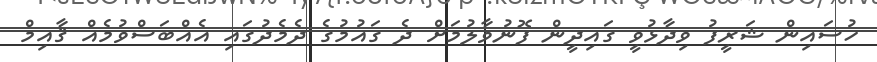
ހުސައިން ޝަރީފު ވިދާޅުވީ ގައިދީން ފޮނުވާލުމަށް ދެ ގައުމުގެ ދެމެދުގައި އެއްބަސްވުމެއް ޤާއިމް